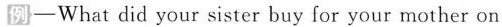
例一What did your sister buy for your mother on